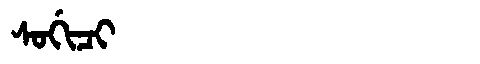
Manchu: ᠰᠣᡤᡳᠴᡳ
Romanization: SOGICI